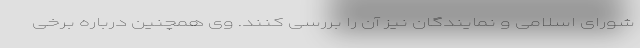
شورای اسلامی و نمایندگان نیز آن را بررسی کنند. وی همچنین درباره برخی